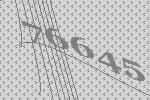
76645